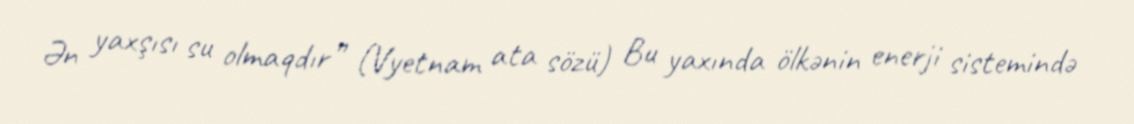
Ən yaxşısı su olmaqdır” (Vyetnam ata sözü) Bu yaxında ölkənin enerji sistemində